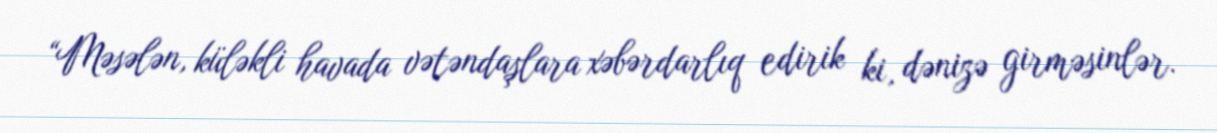
“Məsələn, küləkli havada vətəndaşlara xəbərdarlıq edirik ki, dənizə girməsinlər.